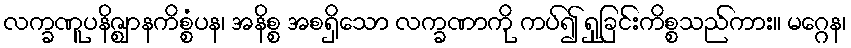
လက္ခဏူပနိဇ္ဈာနကိစ္စံပန၊ အနိစ္စ အစရှိသော လက္ခဏာကို ကပ်၍ ရှုခြင်းကိစ္စသည်ကား။ မဂ္ဂေန၊